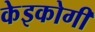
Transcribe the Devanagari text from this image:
केइकोगी